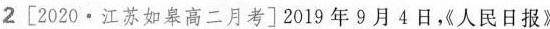
2[2020•江苏如皋高二月考]2019年9月4日，人民日报》